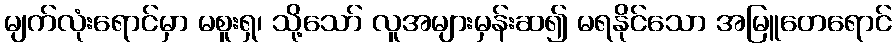
မျက်လုံးရောင်မှာ မစူးရှ၊ သို့သော် လူအများမှန်းဆ၍ မရနိုင်သော အမြူတေရောင်